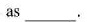
as ___.